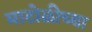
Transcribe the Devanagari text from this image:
माटोळीच्या